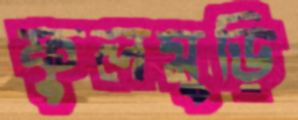
ফুলমুড়ি